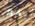
بخير